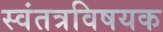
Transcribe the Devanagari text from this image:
स्वंतत्रविषयक